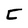
Character: C